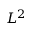
L ^ { 2 }